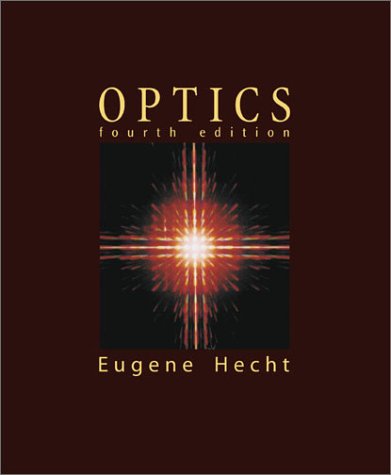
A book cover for Optics (4th Edition); Eugene Hecht; Science & Math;